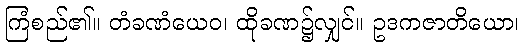
ကြံစည်၏။ တံခဏံယေဝ၊ ထိုခဏ၌လျှင်။ ဥဒကဇာတိယော၊